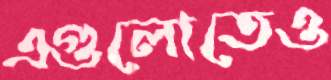
এগুলোতেও